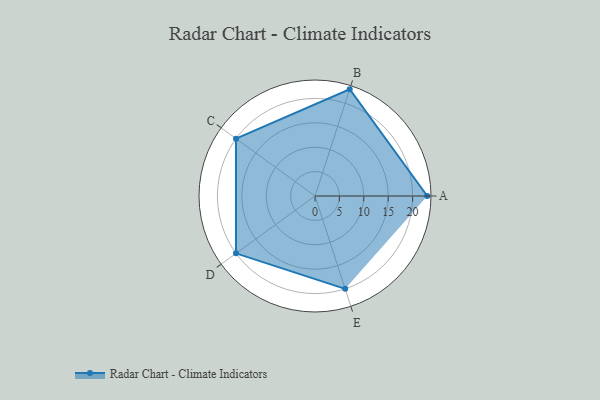
{"axis": {"x": "Skill", "y": "Score"}, "legend": ["Profile"], "data": [{"x": "A", "y": 23.0, "type": "Profile"}, {"x": "B", "y": 23.0, "type": "Profile"}, {"x": "C", "y": 20.0, "type": "Profile"}, {"x": "D", "y": 20, "type": "Profile"}, {"x": "E", "y": 20, "type": "Profile"}]}